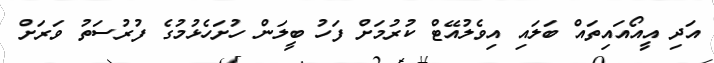
އަދި އީއޯއައިތައް ބަލައި އިވެލުއޭޓް ކުރުމަށް ފަހު ބީލަން ހުށަހެޅުމުގެ ފުރުސަތު ވަރަށް